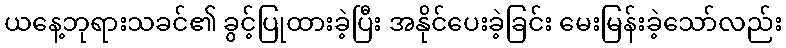
ယနေ့ဘုရားသခင်၏ ခွင့်ပြုထားခဲ့ပြီး အနိုင်ပေးခဲ့ခြင်း မေးမြန်းခဲ့သော်လည်း